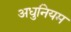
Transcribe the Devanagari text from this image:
अधुनियम